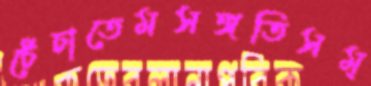
চেঁচাতেমসঙ্গতিসম্